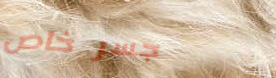
جسر خاص